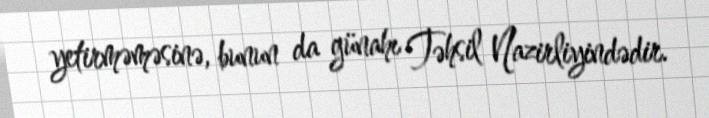
yetirməməsinə, bunun da günahı Təhsil Nazirliyindədir.